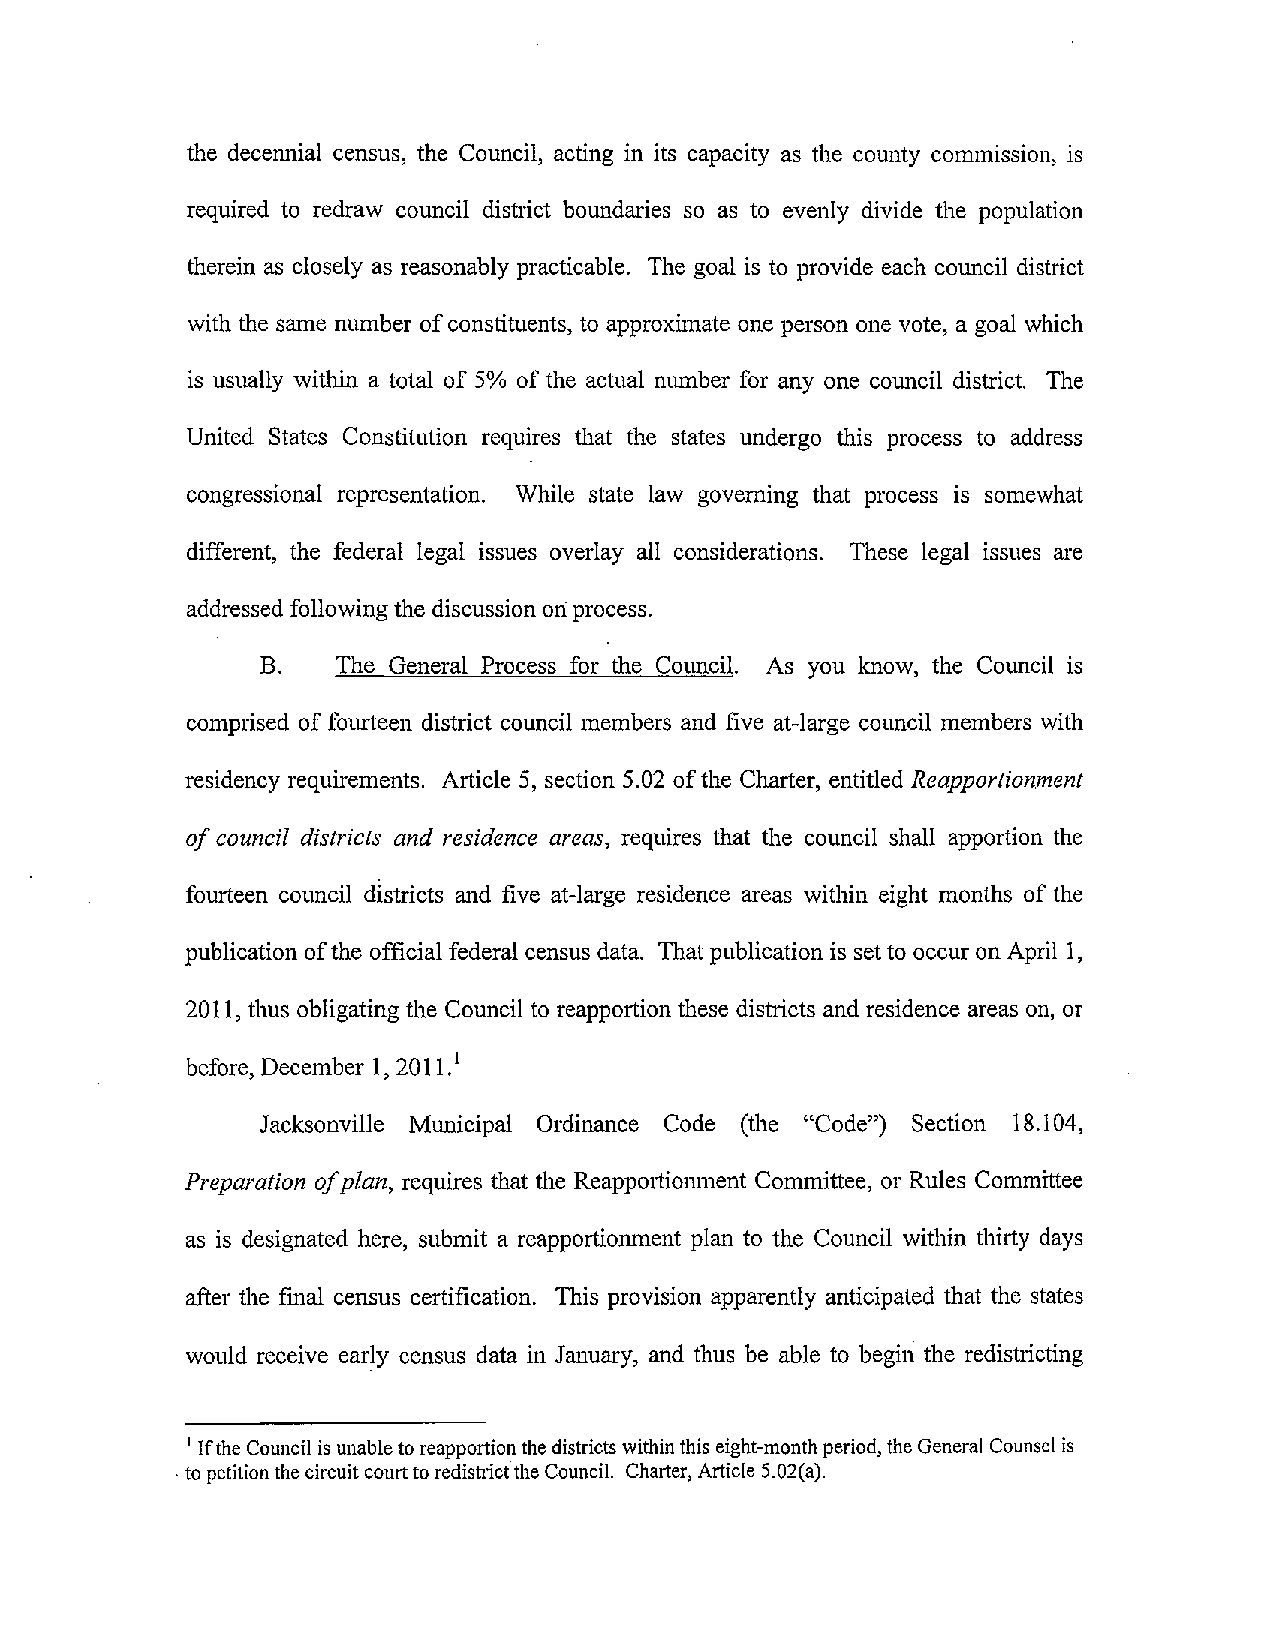
the decennial census, the Council, acting in its capacity as the county commission, is
 required to redraw council district boundaries so as to evenly divide the population
 therein as closely as reasonably practicable. The goal is to provide each council district
 with the same number ofconstituents, to approximate one person one vote, a goal which
 is usually within a total of 5% of the actual number for anyone council district. The
 United States Constitution requires that the states undergo this process to address
 congressional representation. While state law governing that process is somewhat
 different, the federal legal issues overlay all considerations. These legal issues are
 addressed following the discussion oliprocess.
 B.   The General Process for the Council. As you know, the Council is
 comprised offourteen district council members and five at-large council members with
 residency requirements. Article 5, section 5.02 ofthe Charter, entitled Reapportionment
 ofcouncil districts and residence areas, requires that the council shall apportion the
 fourteen council districts and five at-large residence areas within eight months of the
 publication ofthe officialfederal census data. That publicationis setto occuron April 1,
 2011, thus obligating the Council to reapportion these districts and residence areas on, or
 before, December 1, 2011.1
 Jacksonville Municipal Ordinance Code (the "Code") Section 18.104,
 Preparation ofplan, requires that the Reapportionment Committee, or Rules Committee
 as is designated here, submit a reapportionment plan to the Council within thirty days
 after the final census certification. This provision apparently anticipated that the states
 would receive early census data in January, and thus be able to begin the redistricting
 I Ifthe Council is unabletoreapportionthe districtswithinthis eight-month period,theGeneral Counsel is
 .to petitionthecircuitcourttoredistricitheCouncil. Charter, Article 5.02(a).